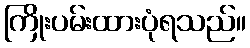
ကြိုးပမ်းထားပုံရသည်။